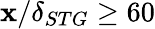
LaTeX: \mathbf{x}/\delta_{STG}\geq60